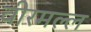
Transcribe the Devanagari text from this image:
वीरमल्ल